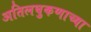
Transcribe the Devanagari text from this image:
अतिलघुकणाच्या